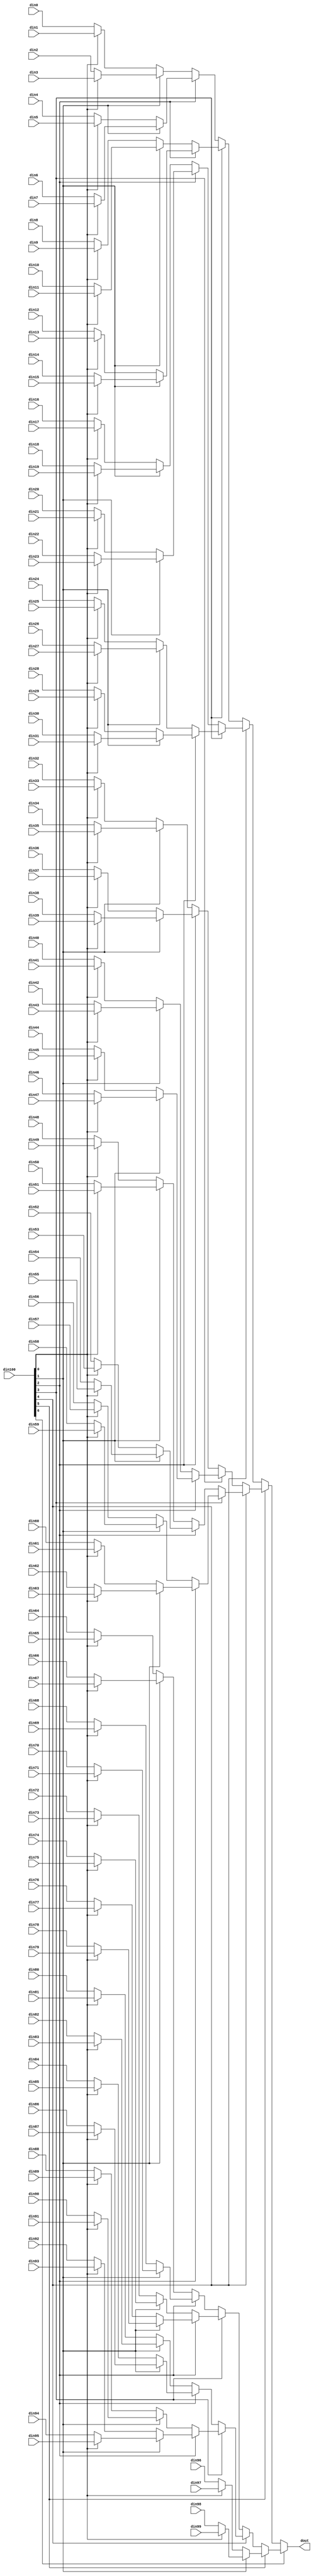
// ==============================================================
// Vitis HLS - High-Level Synthesis from C, C++ and OpenCL v2022.1 (64-bit)
// Tool Version Limit: 2022.04
// Copyright 1986-2022 Xilinx, Inc. All Rights Reserved.
// ==============================================================

`timescale 1ns/1ps

module MatrixVectorActivation_2_mux_10032_32_1_1 #(
parameter
    ID                = 0,
    NUM_STAGE         = 1,
    din0_WIDTH       = 32,
    din1_WIDTH       = 32,
    din2_WIDTH       = 32,
    din3_WIDTH       = 32,
    din4_WIDTH       = 32,
    din5_WIDTH       = 32,
    din6_WIDTH       = 32,
    din7_WIDTH       = 32,
    din8_WIDTH       = 32,
    din9_WIDTH       = 32,
    din10_WIDTH       = 32,
    din11_WIDTH       = 32,
    din12_WIDTH       = 32,
    din13_WIDTH       = 32,
    din14_WIDTH       = 32,
    din15_WIDTH       = 32,
    din16_WIDTH       = 32,
    din17_WIDTH       = 32,
    din18_WIDTH       = 32,
    din19_WIDTH       = 32,
    din20_WIDTH       = 32,
    din21_WIDTH       = 32,
    din22_WIDTH       = 32,
    din23_WIDTH       = 32,
    din24_WIDTH       = 32,
    din25_WIDTH       = 32,
    din26_WIDTH       = 32,
    din27_WIDTH       = 32,
    din28_WIDTH       = 32,
    din29_WIDTH       = 32,
    din30_WIDTH       = 32,
    din31_WIDTH       = 32,
    din32_WIDTH       = 32,
    din33_WIDTH       = 32,
    din34_WIDTH       = 32,
    din35_WIDTH       = 32,
    din36_WIDTH       = 32,
    din37_WIDTH       = 32,
    din38_WIDTH       = 32,
    din39_WIDTH       = 32,
    din40_WIDTH       = 32,
    din41_WIDTH       = 32,
    din42_WIDTH       = 32,
    din43_WIDTH       = 32,
    din44_WIDTH       = 32,
    din45_WIDTH       = 32,
    din46_WIDTH       = 32,
    din47_WIDTH       = 32,
    din48_WIDTH       = 32,
    din49_WIDTH       = 32,
    din50_WIDTH       = 32,
    din51_WIDTH       = 32,
    din52_WIDTH       = 32,
    din53_WIDTH       = 32,
    din54_WIDTH       = 32,
    din55_WIDTH       = 32,
    din56_WIDTH       = 32,
    din57_WIDTH       = 32,
    din58_WIDTH       = 32,
    din59_WIDTH       = 32,
    din60_WIDTH       = 32,
    din61_WIDTH       = 32,
    din62_WIDTH       = 32,
    din63_WIDTH       = 32,
    din64_WIDTH       = 32,
    din65_WIDTH       = 32,
    din66_WIDTH       = 32,
    din67_WIDTH       = 32,
    din68_WIDTH       = 32,
    din69_WIDTH       = 32,
    din70_WIDTH       = 32,
    din71_WIDTH       = 32,
    din72_WIDTH       = 32,
    din73_WIDTH       = 32,
    din74_WIDTH       = 32,
    din75_WIDTH       = 32,
    din76_WIDTH       = 32,
    din77_WIDTH       = 32,
    din78_WIDTH       = 32,
    din79_WIDTH       = 32,
    din80_WIDTH       = 32,
    din81_WIDTH       = 32,
    din82_WIDTH       = 32,
    din83_WIDTH       = 32,
    din84_WIDTH       = 32,
    din85_WIDTH       = 32,
    din86_WIDTH       = 32,
    din87_WIDTH       = 32,
    din88_WIDTH       = 32,
    din89_WIDTH       = 32,
    din90_WIDTH       = 32,
    din91_WIDTH       = 32,
    din92_WIDTH       = 32,
    din93_WIDTH       = 32,
    din94_WIDTH       = 32,
    din95_WIDTH       = 32,
    din96_WIDTH       = 32,
    din97_WIDTH       = 32,
    din98_WIDTH       = 32,
    din99_WIDTH       = 32,
    din100_WIDTH         = 32,
    dout_WIDTH            = 32
)(
    input  [31 : 0]     din0,
    input  [31 : 0]     din1,
    input  [31 : 0]     din2,
    input  [31 : 0]     din3,
    input  [31 : 0]     din4,
    input  [31 : 0]     din5,
    input  [31 : 0]     din6,
    input  [31 : 0]     din7,
    input  [31 : 0]     din8,
    input  [31 : 0]     din9,
    input  [31 : 0]     din10,
    input  [31 : 0]     din11,
    input  [31 : 0]     din12,
    input  [31 : 0]     din13,
    input  [31 : 0]     din14,
    input  [31 : 0]     din15,
    input  [31 : 0]     din16,
    input  [31 : 0]     din17,
    input  [31 : 0]     din18,
    input  [31 : 0]     din19,
    input  [31 : 0]     din20,
    input  [31 : 0]     din21,
    input  [31 : 0]     din22,
    input  [31 : 0]     din23,
    input  [31 : 0]     din24,
    input  [31 : 0]     din25,
    input  [31 : 0]     din26,
    input  [31 : 0]     din27,
    input  [31 : 0]     din28,
    input  [31 : 0]     din29,
    input  [31 : 0]     din30,
    input  [31 : 0]     din31,
    input  [31 : 0]     din32,
    input  [31 : 0]     din33,
    input  [31 : 0]     din34,
    input  [31 : 0]     din35,
    input  [31 : 0]     din36,
    input  [31 : 0]     din37,
    input  [31 : 0]     din38,
    input  [31 : 0]     din39,
    input  [31 : 0]     din40,
    input  [31 : 0]     din41,
    input  [31 : 0]     din42,
    input  [31 : 0]     din43,
    input  [31 : 0]     din44,
    input  [31 : 0]     din45,
    input  [31 : 0]     din46,
    input  [31 : 0]     din47,
    input  [31 : 0]     din48,
    input  [31 : 0]     din49,
    input  [31 : 0]     din50,
    input  [31 : 0]     din51,
    input  [31 : 0]     din52,
    input  [31 : 0]     din53,
    input  [31 : 0]     din54,
    input  [31 : 0]     din55,
    input  [31 : 0]     din56,
    input  [31 : 0]     din57,
    input  [31 : 0]     din58,
    input  [31 : 0]     din59,
    input  [31 : 0]     din60,
    input  [31 : 0]     din61,
    input  [31 : 0]     din62,
    input  [31 : 0]     din63,
    input  [31 : 0]     din64,
    input  [31 : 0]     din65,
    input  [31 : 0]     din66,
    input  [31 : 0]     din67,
    input  [31 : 0]     din68,
    input  [31 : 0]     din69,
    input  [31 : 0]     din70,
    input  [31 : 0]     din71,
    input  [31 : 0]     din72,
    input  [31 : 0]     din73,
    input  [31 : 0]     din74,
    input  [31 : 0]     din75,
    input  [31 : 0]     din76,
    input  [31 : 0]     din77,
    input  [31 : 0]     din78,
    input  [31 : 0]     din79,
    input  [31 : 0]     din80,
    input  [31 : 0]     din81,
    input  [31 : 0]     din82,
    input  [31 : 0]     din83,
    input  [31 : 0]     din84,
    input  [31 : 0]     din85,
    input  [31 : 0]     din86,
    input  [31 : 0]     din87,
    input  [31 : 0]     din88,
    input  [31 : 0]     din89,
    input  [31 : 0]     din90,
    input  [31 : 0]     din91,
    input  [31 : 0]     din92,
    input  [31 : 0]     din93,
    input  [31 : 0]     din94,
    input  [31 : 0]     din95,
    input  [31 : 0]     din96,
    input  [31 : 0]     din97,
    input  [31 : 0]     din98,
    input  [31 : 0]     din99,
    input  [31 : 0]    din100,
    output [31 : 0]   dout);

// puts internal signals
wire [31 : 0]     sel;
// level 1 signals
wire [31 : 0]         mux_1_0;
wire [31 : 0]         mux_1_1;
wire [31 : 0]         mux_1_2;
wire [31 : 0]         mux_1_3;
wire [31 : 0]         mux_1_4;
wire [31 : 0]         mux_1_5;
wire [31 : 0]         mux_1_6;
wire [31 : 0]         mux_1_7;
wire [31 : 0]         mux_1_8;
wire [31 : 0]         mux_1_9;
wire [31 : 0]         mux_1_10;
wire [31 : 0]         mux_1_11;
wire [31 : 0]         mux_1_12;
wire [31 : 0]         mux_1_13;
wire [31 : 0]         mux_1_14;
wire [31 : 0]         mux_1_15;
wire [31 : 0]         mux_1_16;
wire [31 : 0]         mux_1_17;
wire [31 : 0]         mux_1_18;
wire [31 : 0]         mux_1_19;
wire [31 : 0]         mux_1_20;
wire [31 : 0]         mux_1_21;
wire [31 : 0]         mux_1_22;
wire [31 : 0]         mux_1_23;
wire [31 : 0]         mux_1_24;
wire [31 : 0]         mux_1_25;
wire [31 : 0]         mux_1_26;
wire [31 : 0]         mux_1_27;
wire [31 : 0]         mux_1_28;
wire [31 : 0]         mux_1_29;
wire [31 : 0]         mux_1_30;
wire [31 : 0]         mux_1_31;
wire [31 : 0]         mux_1_32;
wire [31 : 0]         mux_1_33;
wire [31 : 0]         mux_1_34;
wire [31 : 0]         mux_1_35;
wire [31 : 0]         mux_1_36;
wire [31 : 0]         mux_1_37;
wire [31 : 0]         mux_1_38;
wire [31 : 0]         mux_1_39;
wire [31 : 0]         mux_1_40;
wire [31 : 0]         mux_1_41;
wire [31 : 0]         mux_1_42;
wire [31 : 0]         mux_1_43;
wire [31 : 0]         mux_1_44;
wire [31 : 0]         mux_1_45;
wire [31 : 0]         mux_1_46;
wire [31 : 0]         mux_1_47;
wire [31 : 0]         mux_1_48;
wire [31 : 0]         mux_1_49;
// level 2 signals
wire [31 : 0]         mux_2_0;
wire [31 : 0]         mux_2_1;
wire [31 : 0]         mux_2_2;
wire [31 : 0]         mux_2_3;
wire [31 : 0]         mux_2_4;
wire [31 : 0]         mux_2_5;
wire [31 : 0]         mux_2_6;
wire [31 : 0]         mux_2_7;
wire [31 : 0]         mux_2_8;
wire [31 : 0]         mux_2_9;
wire [31 : 0]         mux_2_10;
wire [31 : 0]         mux_2_11;
wire [31 : 0]         mux_2_12;
wire [31 : 0]         mux_2_13;
wire [31 : 0]         mux_2_14;
wire [31 : 0]         mux_2_15;
wire [31 : 0]         mux_2_16;
wire [31 : 0]         mux_2_17;
wire [31 : 0]         mux_2_18;
wire [31 : 0]         mux_2_19;
wire [31 : 0]         mux_2_20;
wire [31 : 0]         mux_2_21;
wire [31 : 0]         mux_2_22;
wire [31 : 0]         mux_2_23;
wire [31 : 0]         mux_2_24;
// level 3 signals
wire [31 : 0]         mux_3_0;
wire [31 : 0]         mux_3_1;
wire [31 : 0]         mux_3_2;
wire [31 : 0]         mux_3_3;
wire [31 : 0]         mux_3_4;
wire [31 : 0]         mux_3_5;
wire [31 : 0]         mux_3_6;
wire [31 : 0]         mux_3_7;
wire [31 : 0]         mux_3_8;
wire [31 : 0]         mux_3_9;
wire [31 : 0]         mux_3_10;
wire [31 : 0]         mux_3_11;
wire [31 : 0]         mux_3_12;
// level 4 signals
wire [31 : 0]         mux_4_0;
wire [31 : 0]         mux_4_1;
wire [31 : 0]         mux_4_2;
wire [31 : 0]         mux_4_3;
wire [31 : 0]         mux_4_4;
wire [31 : 0]         mux_4_5;
wire [31 : 0]         mux_4_6;
// level 5 signals
wire [31 : 0]         mux_5_0;
wire [31 : 0]         mux_5_1;
wire [31 : 0]         mux_5_2;
wire [31 : 0]         mux_5_3;
// level 6 signals
wire [31 : 0]         mux_6_0;
wire [31 : 0]         mux_6_1;
// level 7 signals
wire [31 : 0]         mux_7_0;
// level 8 signals
wire [31 : 0]         mux_8_0;
// level 9 signals
wire [31 : 0]         mux_9_0;
// level 10 signals
wire [31 : 0]         mux_10_0;
// level 11 signals
wire [31 : 0]         mux_11_0;
// level 12 signals
wire [31 : 0]         mux_12_0;
// level 13 signals
wire [31 : 0]         mux_13_0;
// level 14 signals
wire [31 : 0]         mux_14_0;
// level 15 signals
wire [31 : 0]         mux_15_0;
// level 16 signals
wire [31 : 0]         mux_16_0;
// level 17 signals
wire [31 : 0]         mux_17_0;
// level 18 signals
wire [31 : 0]         mux_18_0;
// level 19 signals
wire [31 : 0]         mux_19_0;
// level 20 signals
wire [31 : 0]         mux_20_0;
// level 21 signals
wire [31 : 0]         mux_21_0;
// level 22 signals
wire [31 : 0]         mux_22_0;
// level 23 signals
wire [31 : 0]         mux_23_0;
// level 24 signals
wire [31 : 0]         mux_24_0;
// level 25 signals
wire [31 : 0]         mux_25_0;
// level 26 signals
wire [31 : 0]         mux_26_0;
// level 27 signals
wire [31 : 0]         mux_27_0;
// level 28 signals
wire [31 : 0]         mux_28_0;
// level 29 signals
wire [31 : 0]         mux_29_0;
// level 30 signals
wire [31 : 0]         mux_30_0;
// level 31 signals
wire [31 : 0]         mux_31_0;
// level 32 signals
wire [31 : 0]         mux_32_0;

assign sel = din100;

// Generate level 1 logic
assign mux_1_0 = (sel[0] == 0)? din0 : din1;
assign mux_1_1 = (sel[0] == 0)? din2 : din3;
assign mux_1_2 = (sel[0] == 0)? din4 : din5;
assign mux_1_3 = (sel[0] == 0)? din6 : din7;
assign mux_1_4 = (sel[0] == 0)? din8 : din9;
assign mux_1_5 = (sel[0] == 0)? din10 : din11;
assign mux_1_6 = (sel[0] == 0)? din12 : din13;
assign mux_1_7 = (sel[0] == 0)? din14 : din15;
assign mux_1_8 = (sel[0] == 0)? din16 : din17;
assign mux_1_9 = (sel[0] == 0)? din18 : din19;
assign mux_1_10 = (sel[0] == 0)? din20 : din21;
assign mux_1_11 = (sel[0] == 0)? din22 : din23;
assign mux_1_12 = (sel[0] == 0)? din24 : din25;
assign mux_1_13 = (sel[0] == 0)? din26 : din27;
assign mux_1_14 = (sel[0] == 0)? din28 : din29;
assign mux_1_15 = (sel[0] == 0)? din30 : din31;
assign mux_1_16 = (sel[0] == 0)? din32 : din33;
assign mux_1_17 = (sel[0] == 0)? din34 : din35;
assign mux_1_18 = (sel[0] == 0)? din36 : din37;
assign mux_1_19 = (sel[0] == 0)? din38 : din39;
assign mux_1_20 = (sel[0] == 0)? din40 : din41;
assign mux_1_21 = (sel[0] == 0)? din42 : din43;
assign mux_1_22 = (sel[0] == 0)? din44 : din45;
assign mux_1_23 = (sel[0] == 0)? din46 : din47;
assign mux_1_24 = (sel[0] == 0)? din48 : din49;
assign mux_1_25 = (sel[0] == 0)? din50 : din51;
assign mux_1_26 = (sel[0] == 0)? din52 : din53;
assign mux_1_27 = (sel[0] == 0)? din54 : din55;
assign mux_1_28 = (sel[0] == 0)? din56 : din57;
assign mux_1_29 = (sel[0] == 0)? din58 : din59;
assign mux_1_30 = (sel[0] == 0)? din60 : din61;
assign mux_1_31 = (sel[0] == 0)? din62 : din63;
assign mux_1_32 = (sel[0] == 0)? din64 : din65;
assign mux_1_33 = (sel[0] == 0)? din66 : din67;
assign mux_1_34 = (sel[0] == 0)? din68 : din69;
assign mux_1_35 = (sel[0] == 0)? din70 : din71;
assign mux_1_36 = (sel[0] == 0)? din72 : din73;
assign mux_1_37 = (sel[0] == 0)? din74 : din75;
assign mux_1_38 = (sel[0] == 0)? din76 : din77;
assign mux_1_39 = (sel[0] == 0)? din78 : din79;
assign mux_1_40 = (sel[0] == 0)? din80 : din81;
assign mux_1_41 = (sel[0] == 0)? din82 : din83;
assign mux_1_42 = (sel[0] == 0)? din84 : din85;
assign mux_1_43 = (sel[0] == 0)? din86 : din87;
assign mux_1_44 = (sel[0] == 0)? din88 : din89;
assign mux_1_45 = (sel[0] == 0)? din90 : din91;
assign mux_1_46 = (sel[0] == 0)? din92 : din93;
assign mux_1_47 = (sel[0] == 0)? din94 : din95;
assign mux_1_48 = (sel[0] == 0)? din96 : din97;
assign mux_1_49 = (sel[0] == 0)? din98 : din99;

// Generate level 2 logic
assign mux_2_0 = (sel[1] == 0)? mux_1_0 : mux_1_1;
assign mux_2_1 = (sel[1] == 0)? mux_1_2 : mux_1_3;
assign mux_2_2 = (sel[1] == 0)? mux_1_4 : mux_1_5;
assign mux_2_3 = (sel[1] == 0)? mux_1_6 : mux_1_7;
assign mux_2_4 = (sel[1] == 0)? mux_1_8 : mux_1_9;
assign mux_2_5 = (sel[1] == 0)? mux_1_10 : mux_1_11;
assign mux_2_6 = (sel[1] == 0)? mux_1_12 : mux_1_13;
assign mux_2_7 = (sel[1] == 0)? mux_1_14 : mux_1_15;
assign mux_2_8 = (sel[1] == 0)? mux_1_16 : mux_1_17;
assign mux_2_9 = (sel[1] == 0)? mux_1_18 : mux_1_19;
assign mux_2_10 = (sel[1] == 0)? mux_1_20 : mux_1_21;
assign mux_2_11 = (sel[1] == 0)? mux_1_22 : mux_1_23;
assign mux_2_12 = (sel[1] == 0)? mux_1_24 : mux_1_25;
assign mux_2_13 = (sel[1] == 0)? mux_1_26 : mux_1_27;
assign mux_2_14 = (sel[1] == 0)? mux_1_28 : mux_1_29;
assign mux_2_15 = (sel[1] == 0)? mux_1_30 : mux_1_31;
assign mux_2_16 = (sel[1] == 0)? mux_1_32 : mux_1_33;
assign mux_2_17 = (sel[1] == 0)? mux_1_34 : mux_1_35;
assign mux_2_18 = (sel[1] == 0)? mux_1_36 : mux_1_37;
assign mux_2_19 = (sel[1] == 0)? mux_1_38 : mux_1_39;
assign mux_2_20 = (sel[1] == 0)? mux_1_40 : mux_1_41;
assign mux_2_21 = (sel[1] == 0)? mux_1_42 : mux_1_43;
assign mux_2_22 = (sel[1] == 0)? mux_1_44 : mux_1_45;
assign mux_2_23 = (sel[1] == 0)? mux_1_46 : mux_1_47;
assign mux_2_24 = (sel[1] == 0)? mux_1_48 : mux_1_49;

// Generate level 3 logic
assign mux_3_0 = (sel[2] == 0)? mux_2_0 : mux_2_1;
assign mux_3_1 = (sel[2] == 0)? mux_2_2 : mux_2_3;
assign mux_3_2 = (sel[2] == 0)? mux_2_4 : mux_2_5;
assign mux_3_3 = (sel[2] == 0)? mux_2_6 : mux_2_7;
assign mux_3_4 = (sel[2] == 0)? mux_2_8 : mux_2_9;
assign mux_3_5 = (sel[2] == 0)? mux_2_10 : mux_2_11;
assign mux_3_6 = (sel[2] == 0)? mux_2_12 : mux_2_13;
assign mux_3_7 = (sel[2] == 0)? mux_2_14 : mux_2_15;
assign mux_3_8 = (sel[2] == 0)? mux_2_16 : mux_2_17;
assign mux_3_9 = (sel[2] == 0)? mux_2_18 : mux_2_19;
assign mux_3_10 = (sel[2] == 0)? mux_2_20 : mux_2_21;
assign mux_3_11 = (sel[2] == 0)? mux_2_22 : mux_2_23;
assign mux_3_12 = mux_2_24;

// Generate level 4 logic
assign mux_4_0 = (sel[3] == 0)? mux_3_0 : mux_3_1;
assign mux_4_1 = (sel[3] == 0)? mux_3_2 : mux_3_3;
assign mux_4_2 = (sel[3] == 0)? mux_3_4 : mux_3_5;
assign mux_4_3 = (sel[3] == 0)? mux_3_6 : mux_3_7;
assign mux_4_4 = (sel[3] == 0)? mux_3_8 : mux_3_9;
assign mux_4_5 = (sel[3] == 0)? mux_3_10 : mux_3_11;
assign mux_4_6 = mux_3_12;

// Generate level 5 logic
assign mux_5_0 = (sel[4] == 0)? mux_4_0 : mux_4_1;
assign mux_5_1 = (sel[4] == 0)? mux_4_2 : mux_4_3;
assign mux_5_2 = (sel[4] == 0)? mux_4_4 : mux_4_5;
assign mux_5_3 = mux_4_6;

// Generate level 6 logic
assign mux_6_0 = (sel[5] == 0)? mux_5_0 : mux_5_1;
assign mux_6_1 = (sel[5] == 0)? mux_5_2 : mux_5_3;

// Generate level 7 logic
assign mux_7_0 = (sel[6] == 0)? mux_6_0 : mux_6_1;

// Generate level 8 logic
assign mux_8_0 = mux_7_0;

// Generate level 9 logic
assign mux_9_0 = mux_8_0;

// Generate level 10 logic
assign mux_10_0 = mux_9_0;

// Generate level 11 logic
assign mux_11_0 = mux_10_0;

// Generate level 12 logic
assign mux_12_0 = mux_11_0;

// Generate level 13 logic
assign mux_13_0 = mux_12_0;

// Generate level 14 logic
assign mux_14_0 = mux_13_0;

// Generate level 15 logic
assign mux_15_0 = mux_14_0;

// Generate level 16 logic
assign mux_16_0 = mux_15_0;

// Generate level 17 logic
assign mux_17_0 = mux_16_0;

// Generate level 18 logic
assign mux_18_0 = mux_17_0;

// Generate level 19 logic
assign mux_19_0 = mux_18_0;

// Generate level 20 logic
assign mux_20_0 = mux_19_0;

// Generate level 21 logic
assign mux_21_0 = mux_20_0;

// Generate level 22 logic
assign mux_22_0 = mux_21_0;

// Generate level 23 logic
assign mux_23_0 = mux_22_0;

// Generate level 24 logic
assign mux_24_0 = mux_23_0;

// Generate level 25 logic
assign mux_25_0 = mux_24_0;

// Generate level 26 logic
assign mux_26_0 = mux_25_0;

// Generate level 27 logic
assign mux_27_0 = mux_26_0;

// Generate level 28 logic
assign mux_28_0 = mux_27_0;

// Generate level 29 logic
assign mux_29_0 = mux_28_0;

// Generate level 30 logic
assign mux_30_0 = mux_29_0;

// Generate level 31 logic
assign mux_31_0 = mux_30_0;

// Generate level 32 logic
assign mux_32_0 = mux_31_0;

// output logic
assign dout = mux_32_0;

endmodule